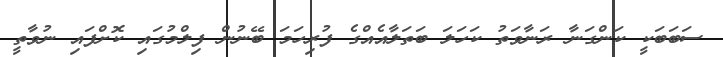
ސަބަބަކީ ކަންގަނާ ރަނާވަތު ކަހަލަ ބަތަލާއެއްގެ ފުރިހަމަ ބޭނުން ފިލްމުގައި ކޮށްފައި ނުވާތީ